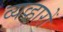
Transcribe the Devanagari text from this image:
व्यव्हारों